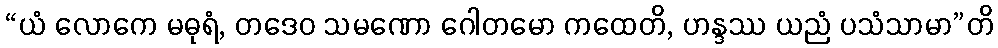
“ယံ လောကေ မဓုရံ, တဒေဝ သမဏော ဂေါတမော ကထေတိ, ဟန္ဒဿ ယညံ ပသံသာမာ”တိ